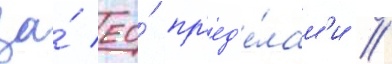
за́ ео́ пр'ед'е́лам'и //